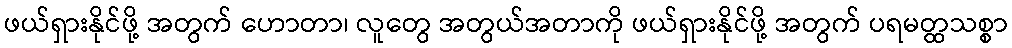
ဖယ်ရှားနိုင်ဖို့ အတွက် ဟောတာ၊ လူတွေ အတွယ်အတာကို ဖယ်ရှားနိုင်ဖို့ အတွက် ပရမတ္ထသစ္စာ